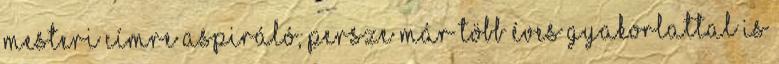
mesteri címre aspiráló, persze már több éves gyakorlattal is